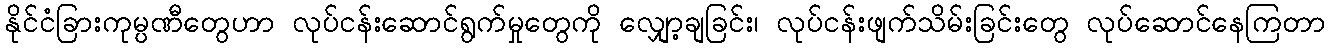
နိုင်ငံခြားကုမ္ပဏီတွေဟာ လုပ်ငန်းဆောင်ရွက်မှုတွေကို လျှော့ချခြင်း၊ လုပ်ငန်းဖျက်သိမ်းခြင်းတွေ လုပ်ဆောင်နေကြတာ